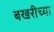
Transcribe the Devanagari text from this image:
बखरीच्या